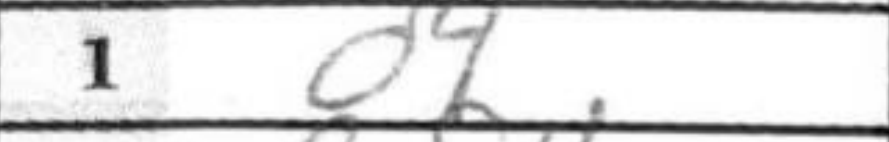
Transcription: d4